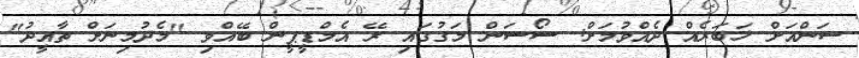
ސަންއަށް ޚަބަރެއް ދެއްވުމަށް: ސޯސަން މަގުގައި ރޭ އެމްޑީޕީން ބޭއްވި "މެދުމިނަށް ތާއީދު"